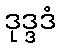
ဒုဒ္ဒဒံ